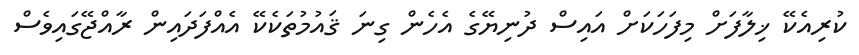
ކުރިއެކޭ ޚިލާފަށް މިފަހަކަށް އައިސް ދުނިޔޭގެ އެހެން ގިނަ ޤައުމުތަކެކޭ އެއްފަދައިން ރާއްޖޭގައިވެސް